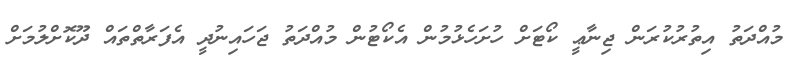
މުއްދަތު އިތުރުކުރަން ޖިނާޢީ ކޯޓަށް ހުށަހެޅުމުން އެކޯޓުން މުއްދަތު ޖަހައިނުދީ އެފަރާތްތައް ދޫކޮށްލުމަށް